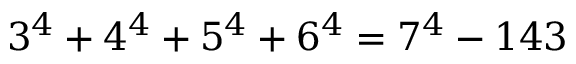
3 ^ { 4 } + 4 ^ { 4 } + 5 ^ { 4 } + 6 ^ { 4 } = 7 ^ { 4 } - 1 4 3